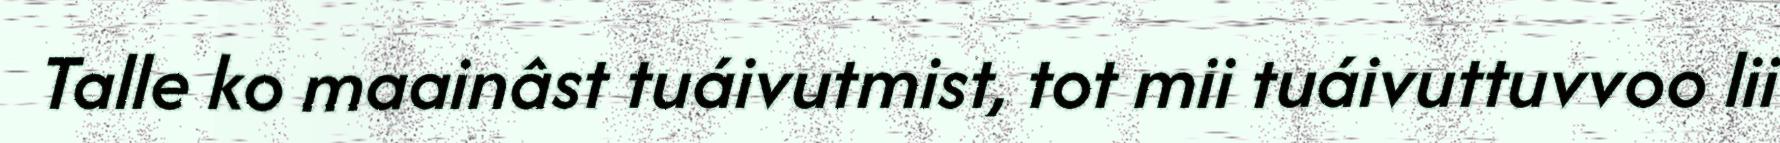
Talle ko maainâst tuáivutmist, tot mii tuáivuttuvvoo lii